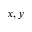
x , y